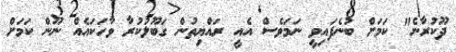
ދޫކުރާނެ" ކަމަށް ބުނެފައިވީ ނަމަވެސް އެއީ ރައްޔިތުން ގަބޫލުކުުރާ ވާހަކައެއް ނޫން ކަމަށް